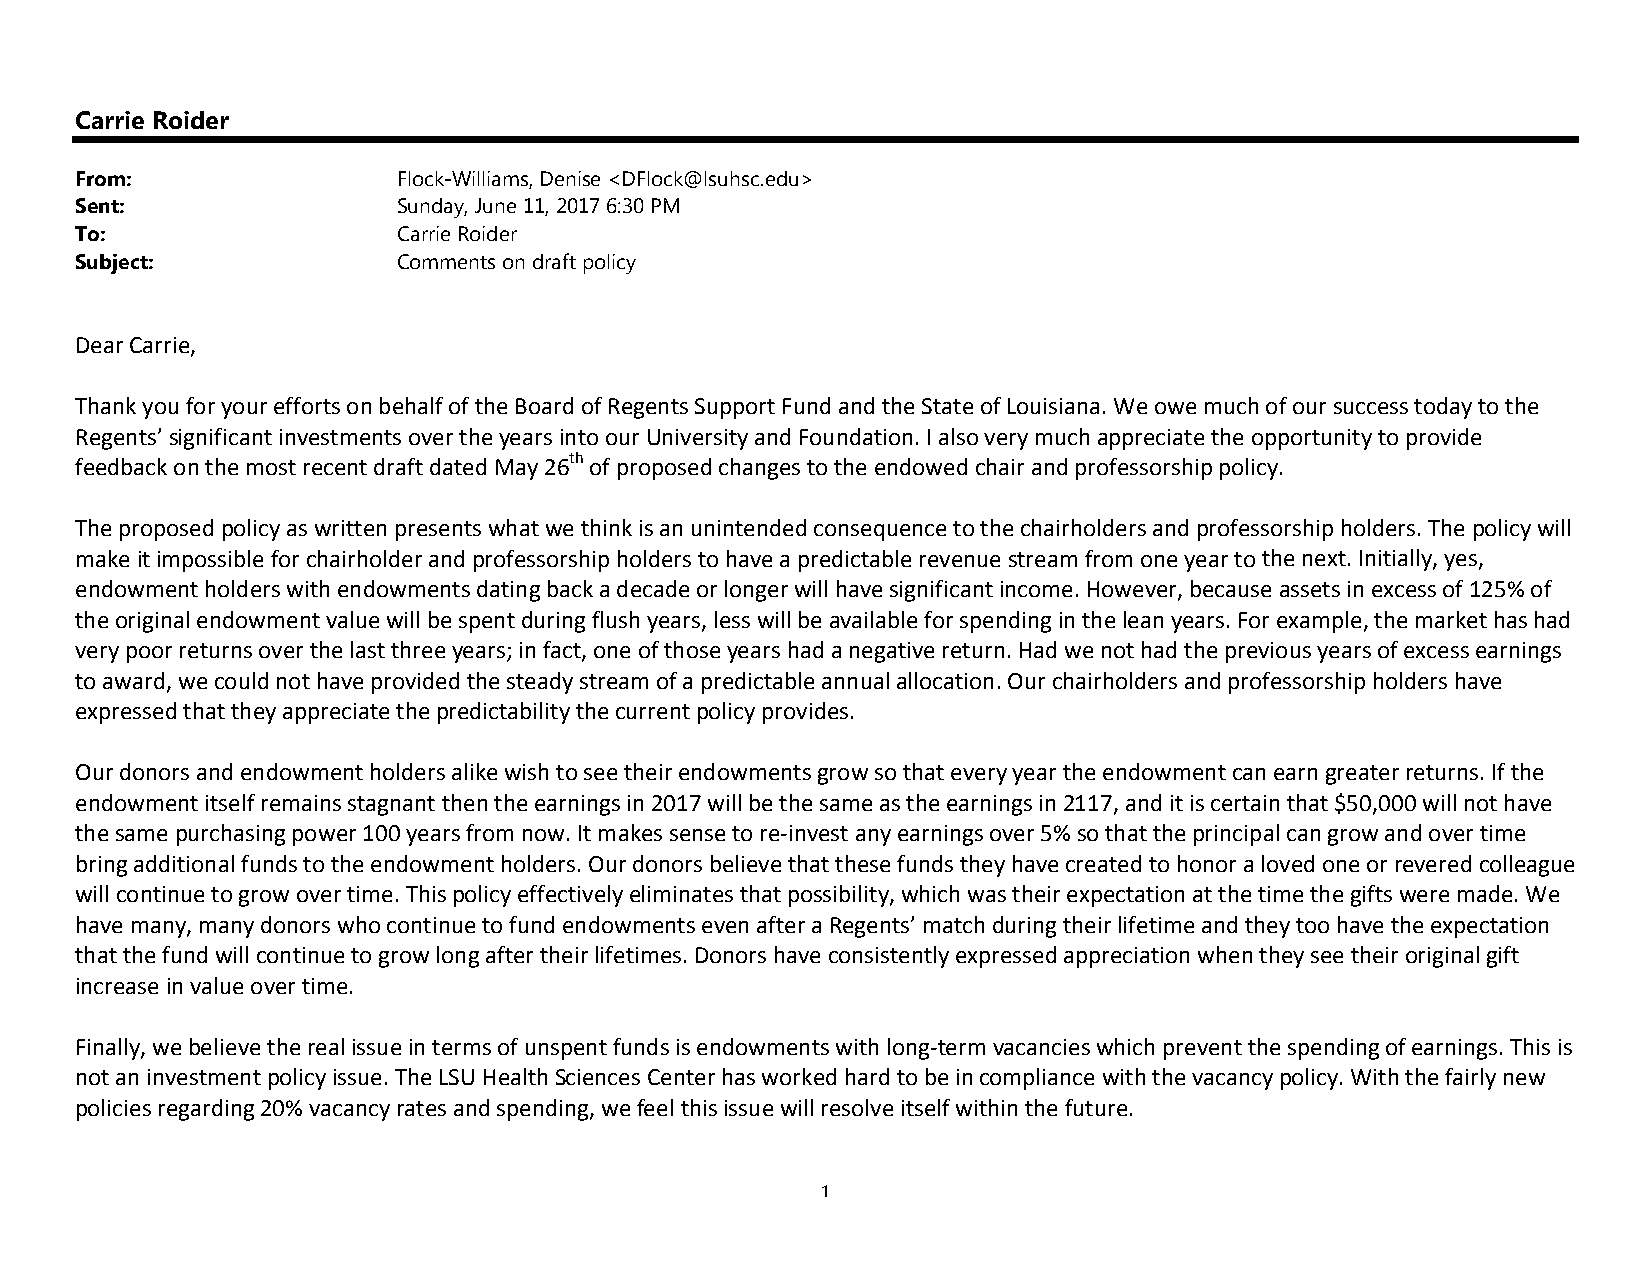
Carrie Roider
 From:                Flock-Williams, Denise <DFlock@lsuhsc.edu>
 Sent:                Sunday, June 11, 2017 6:30 PM
 To:                  Carrie Roider
 Subject:             Comments on draft policy
 Dear Carrie,
 Thank you for your efforts on behalf of the Board of Regents Support Fund and the State of Louisiana. We owe much of our success today to the
 Regents’ significant investments over the years into our University and Foundation. I also very much appreciate the opportunity to provide
 feedback on the most recent draft dated May 26th of proposed changes to the endowed chair and professorship policy.
 The proposed policy as written presents what we think is an unintended consequence to the chairholders and professorship holders. The policy will
 make it impossible for chairholder and professorship holders to have a predictable revenue stream from one year to the next. Initially, yes,
 endowment holders with endowments dating back a decade or longer will have significant income. However, because assets in excess of 125% of
 the original endowment value will be spent during flush years, less will be available for spending in the lean years. For example, the market has had
 very poor returns over the last three years; in fact, one of those years had a negative return. Had we not had the previous years of excess earnings
 to award, we could not have provided the steady stream of a predictable annual allocation. Our chairholders and professorship holders have
 expressed that they appreciate the predictability the current policy provides.
 Our donors and endowment holders alike wish to see their endowments grow so that every year the endowment can earn greater returns. If the
 endowment itself remains stagnant then the earnings in 2017 will be the same as the earnings in 2117, and it is certain that $50,000 will not have
 the same purchasing power 100 years from now. It makes sense to re‐invest any earnings over 5% so that the principal can grow and over time
 bring additional funds to the endowment holders. Our donors believe that these funds they have created to honor a loved one or revered colleague
 will continue to grow over time. This policy effectively eliminates that possibility, which was their expectation at the time the gifts were made. We
 have many, many donors who continue to fund endowments even after a Regents’ match during their lifetime and they too have the expectation
 that the fund will continue to grow long after their lifetimes. Donors have consistently expressed appreciation when they see their original gift
 increase in value over time.
 Finally, we believe the real issue in terms of unspent funds is endowments with long‐term vacancies which prevent the spending of earnings. This is
 not an investment policy issue. The LSU Health Sciences Center has worked hard to be in compliance with the vacancy policy. With the fairly new
 policies regarding 20% vacancy rates and spending, we feel this issue will resolve itself within the future.
 1